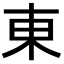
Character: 東